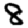
Digit: 8